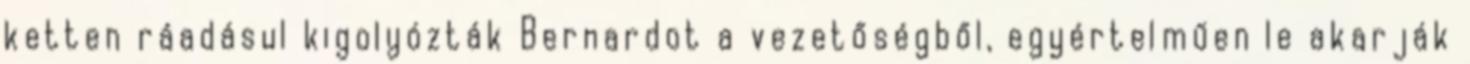
ketten ráadásul kigolyózták Bernardot a vezetőségből, egyértelműen le akarják